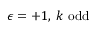
\epsilon = + 1 , \; k \mathrm { ~ o d d }